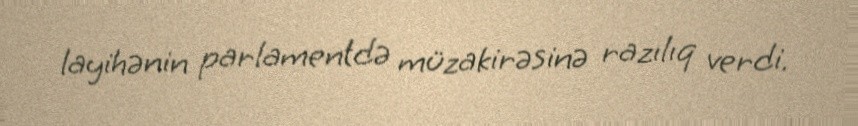
layihənin parlamentdə müzakirəsinə razılıq verdi.